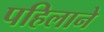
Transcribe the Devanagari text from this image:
पहिलाने